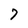
Character: 7